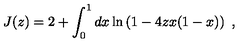
J ( z ) = 2 + \int _ { 0 } ^ { 1 } d x \ln \left( 1 - 4 z x ( 1 - x ) \right) \ ,